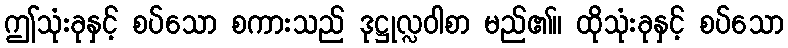
ဤသုံးခုနှင့် စပ်သော စကားသည် ဒုဋ္ဌုလ္လဝါစာ မည်၏။ ထိုသုံးခုနှင့် စပ်သော